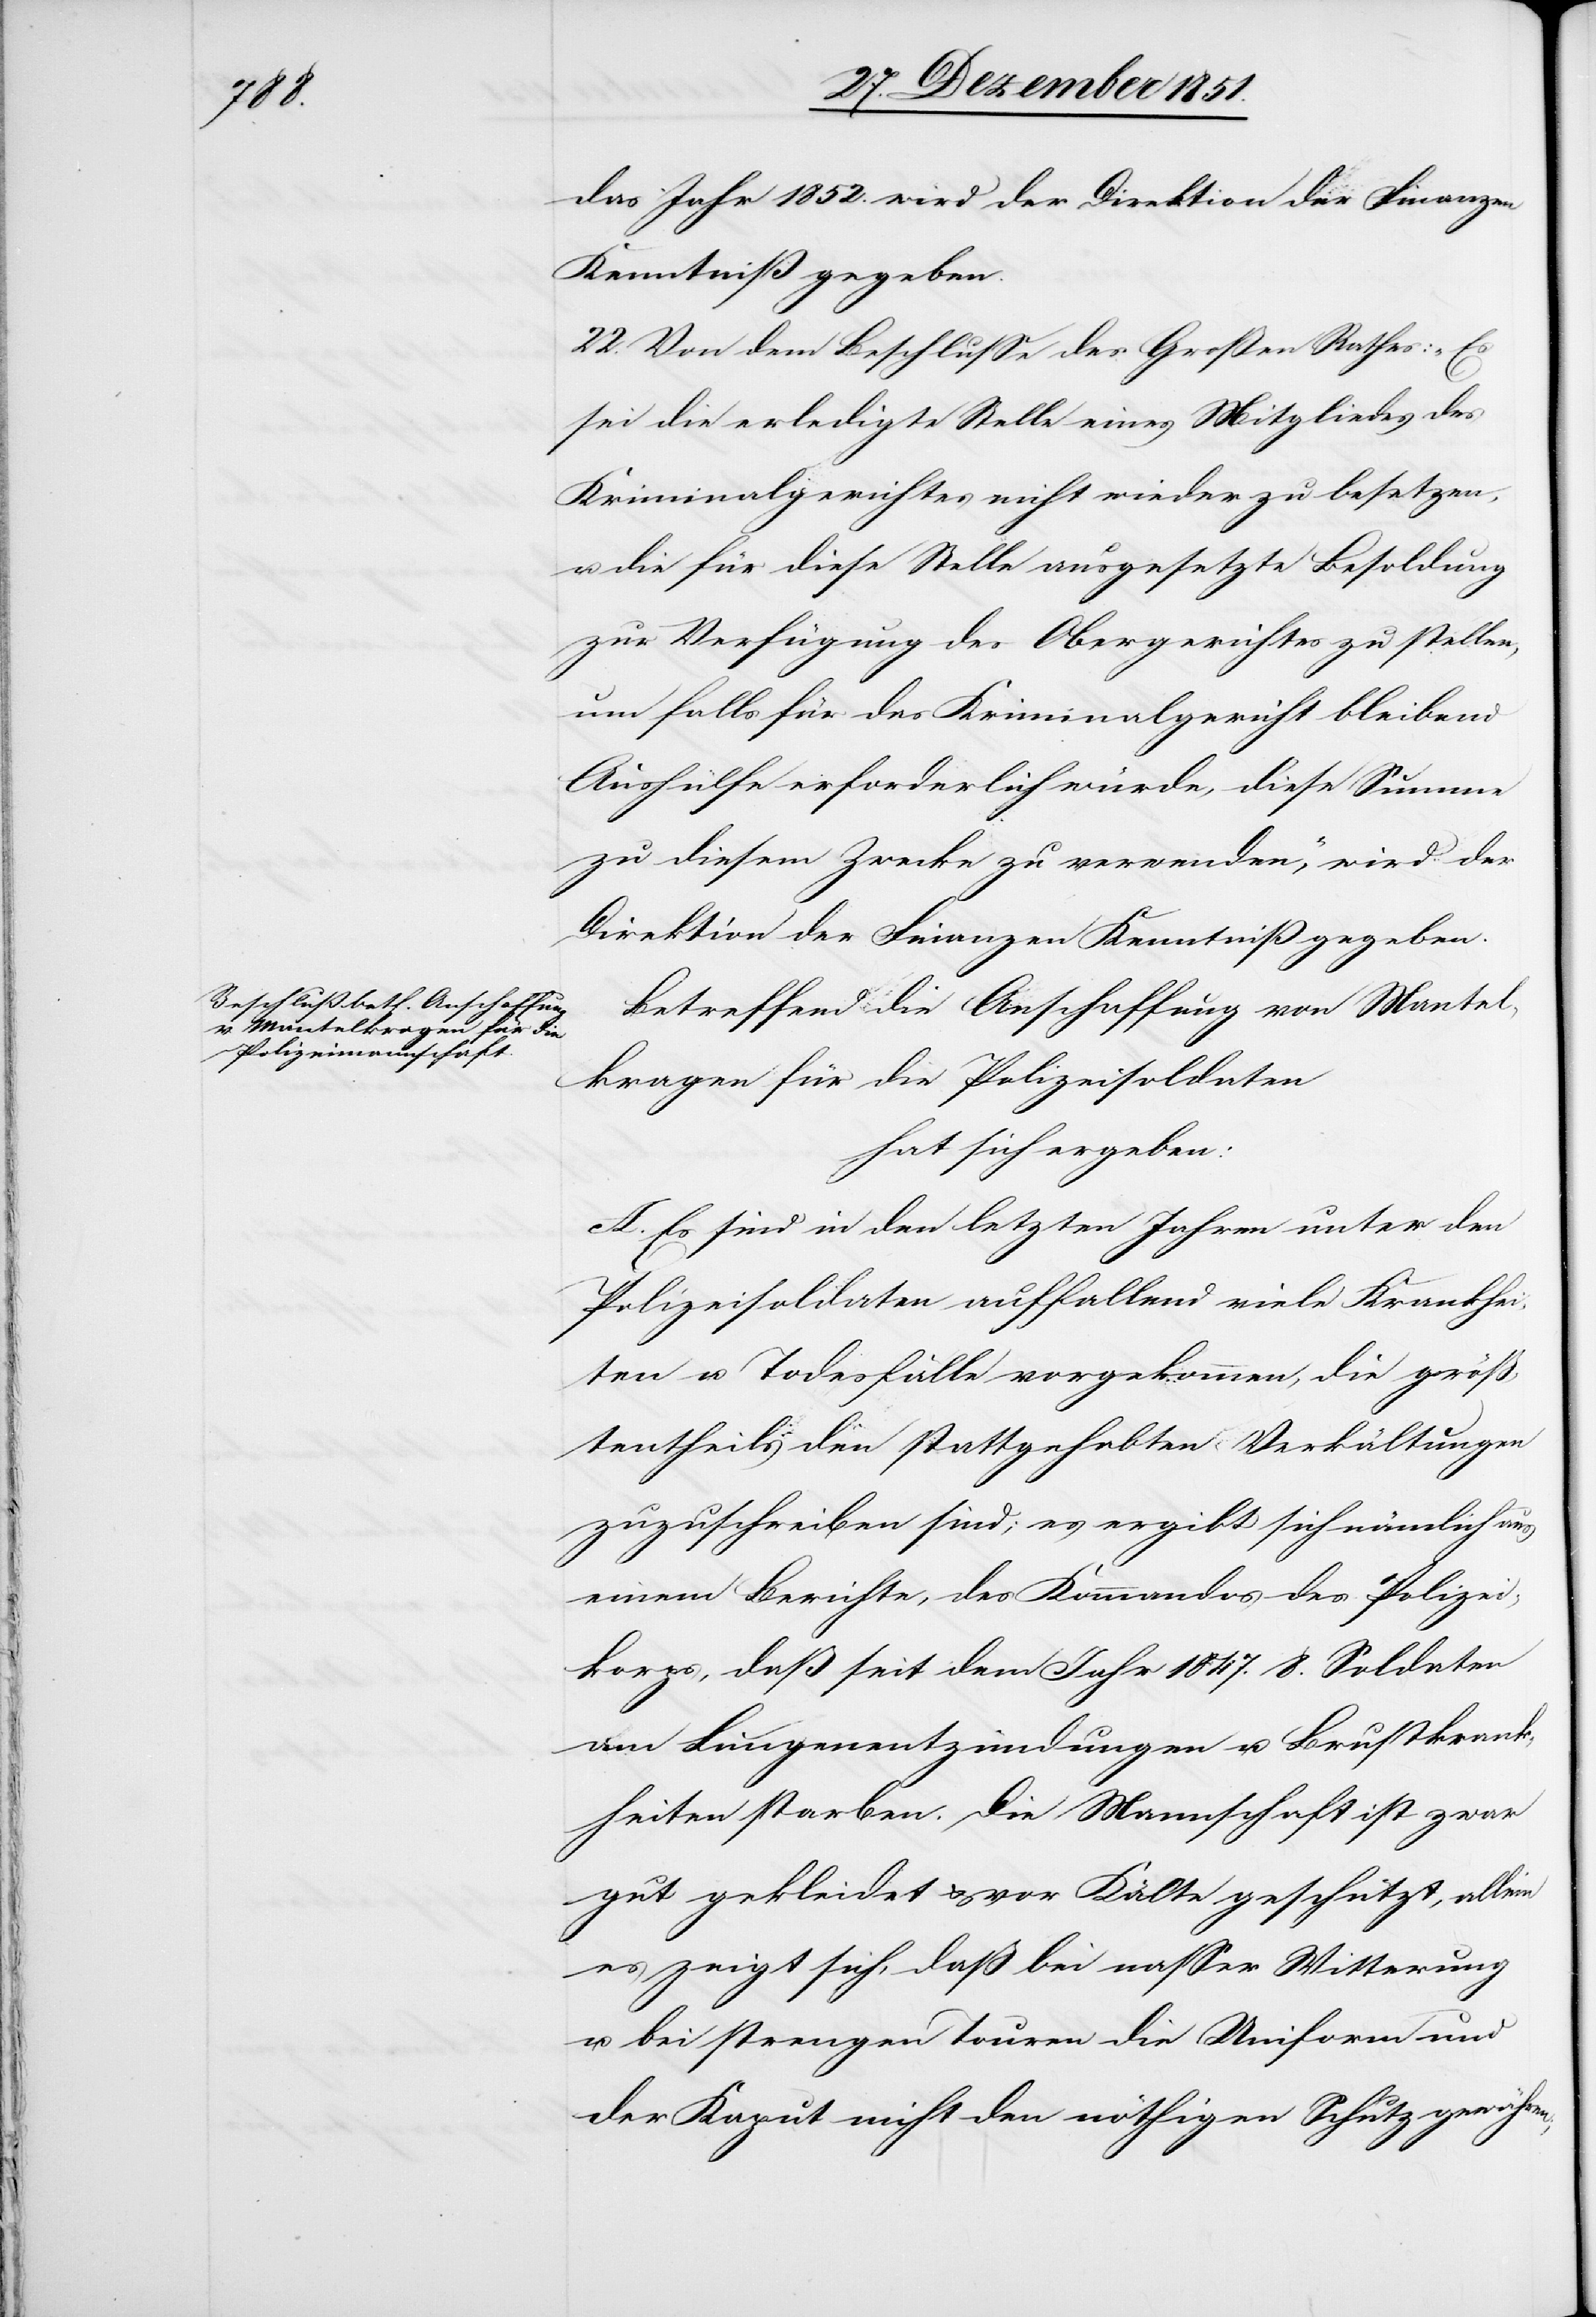
das Jahr 1852. wird der Direktion der Finanzen
Kenntniß gegeben.
22. Von dem Beschlusse des Großen Rathes: „Es
sei die erledigte Stelle eines Mitgliedes des
Kriminalgerichtes nicht wieder zu besetzen,
u. die für diese Stelle ausgesetzte Besoldung
zur Verfügung des Obergerichtes zu stellen,
um falls für das Kriminalgericht bleibend
Aushülfe erforderlich würde, diese Summe
zu diesem Zwecke zu verwenden,“ wird der
Direktion der Finanzen Kenntniß gegeben.
Betreffend die Anschaffung von Mantel¬
kragen für die Polizeisoldaten
hat sich ergeben:
A. Es sind in den letzten Jahren unter den
Polizeisoldaten auffallend viele Krankhei¬
ten u. Todesfälle vorgekommen, die größ¬
tentheils den stattgehabten Verkältungen
zuzuschreiben sind; es ergibt sich nämlich aus
einem Berichte, des Kommandos des Polizei¬
korps, daß seit dem Jahr 1847. 8. Soldaten
Lungenentzündungen u. Brustkrank¬
heiten starben. Die Mannschaft ist zwar
gut gekleidet & vor Kälte geschützt, allein
es zeigt sich, daß bei nasser Witterung
u. bei strengen Touren die Uniform und
der Kaput nicht den nöthigen Schutz gewähren;